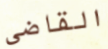
القاضى